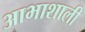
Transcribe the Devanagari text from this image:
आभाशाली